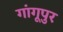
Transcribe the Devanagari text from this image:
गांगूपुर